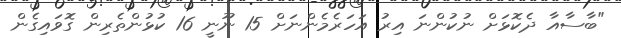
"ބާސާއާ ދެކޮޅަށް ނުކުންނަ އިރު އަހަރެމެންނަށް 15 ނޫނީ 16 ކުޅުންތެރިން ގޮވައިގެން